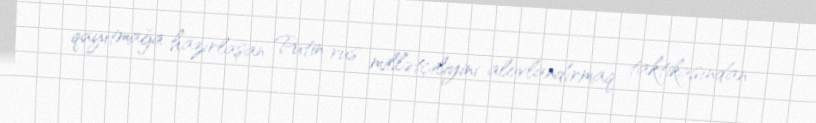
qayıtmağa hazırlaşan Putin rus millətçiliyini alovlandırmaq taktikasından